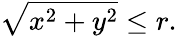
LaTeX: {\sqrt{x^{2}+y^{2}}}\leq r.